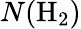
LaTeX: N(\mathrm{H}_{2})